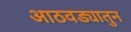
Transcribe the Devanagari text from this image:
आठवड्यातुन